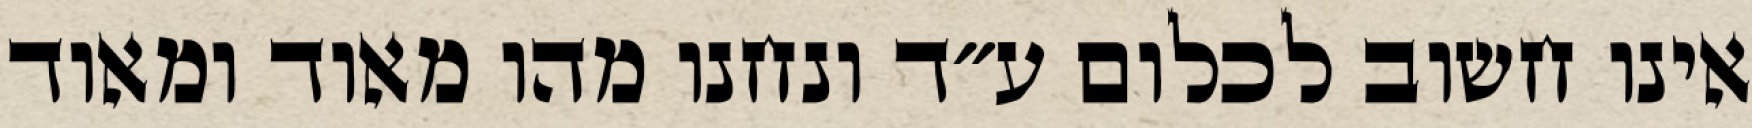
אינו חשוב לכלום ע״ד ונחנו מהו מאוד ומאוד